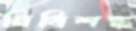
নির্বিশঙ্ক